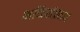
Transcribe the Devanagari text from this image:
भक्तिसंप्रदाय